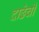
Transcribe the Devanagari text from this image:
दाढेची